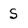
Character: S